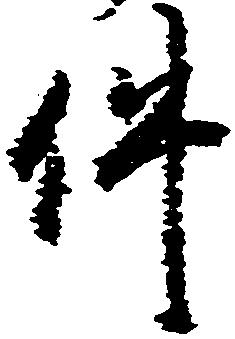
件